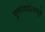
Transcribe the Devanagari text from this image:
पुनराददऽआयुषे